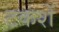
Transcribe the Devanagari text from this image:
टकशें